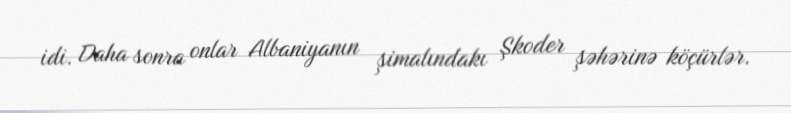
idi. Daha sonra onlar Albaniyanın şimalındakı Şkoder şəhərinə köçürlər.